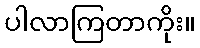
ပါလာကြတာကိုး။